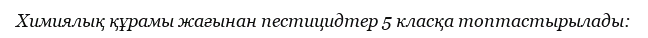
Химиялық құрамы жағынан пестицидтер 5 класқа топтастырылады: